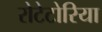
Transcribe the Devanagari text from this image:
रोटेटोरिया